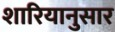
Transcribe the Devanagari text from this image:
शारियानुसार